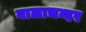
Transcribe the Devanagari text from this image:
बालाचन्दर